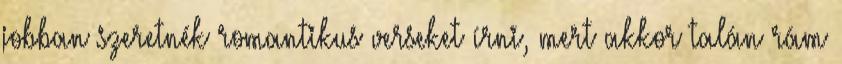
jobban szeretnék romantikus verseket írni, mert akkor talán rám